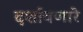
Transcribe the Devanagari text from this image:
दर्शावणारे